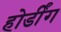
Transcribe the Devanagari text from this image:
होर्डींग